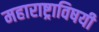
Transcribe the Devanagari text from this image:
महाराष्ट्राविषयी